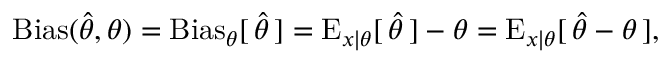
\operatorname { B i a s } ( { \hat { \theta } } , \theta ) = \operatorname { B i a s } _ { \theta } [ \, { \hat { \theta } } \, ] = \operatorname { E } _ { x \mid \theta } [ \, { \hat { \theta } } \, ] - \theta = \operatorname { E } _ { x \mid \theta } [ \, { \hat { \theta } } - \theta \, ] ,